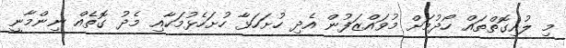
މި ލުއިގޮތްތައް ހޯދުމަށް މުވައްޒަފުން އެދި ހުށަހަޅާ ހުށަހެޅުމަކާއި މެދު ގޮތެއް ނިންމާނީ